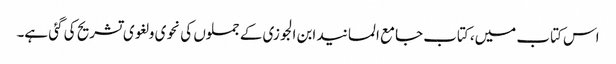
اس کتاب میں، کتاب جامع المسانید ابن الجوزی کے جملوں کی نحوی و لغوی تشریح کی گئی ہے۔